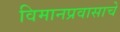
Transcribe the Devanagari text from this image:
विमानप्रवासाचे